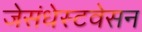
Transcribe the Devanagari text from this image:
जेसंधेस्टवेसन